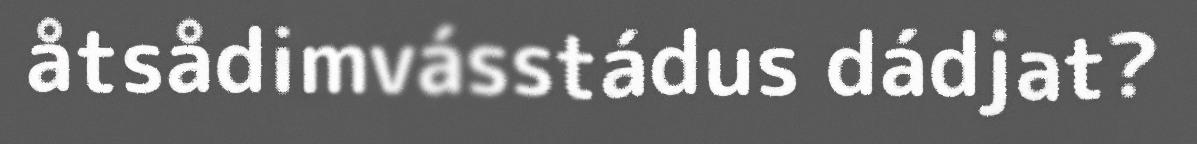
åtsådimvásstádus dádjat?